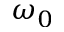
\omega _ { 0 }